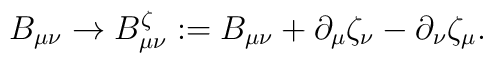
B_{\mu\nu} \rightarrow B_{\mu\nu}^\zeta := B_{\mu\nu} + \partial_\mu \zeta_\nu  - \partial_\nu \zeta_\mu  .